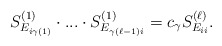
\begin{align*}S^{(1)}_{E_{i\gamma(1)}} \cdot ... \cdot S^{(1)}_{E_{\gamma(\ell - 1)i}} = c_{\gamma} S^{(\ell)}_{E_{ii}}.\end{align*}